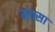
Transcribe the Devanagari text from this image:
मतसा